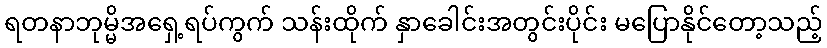
ရတနာဘုမ္မိအရှေ့ရပ်ကွက် သန်းထိုက် နှာခေါင်းအတွင်းပိုင်း မပြောနိုင်တော့သည့်